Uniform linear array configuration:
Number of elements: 48
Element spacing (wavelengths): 0.25
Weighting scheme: exponential
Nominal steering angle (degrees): -15
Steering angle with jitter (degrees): -14.25
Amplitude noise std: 0.05
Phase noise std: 0.05

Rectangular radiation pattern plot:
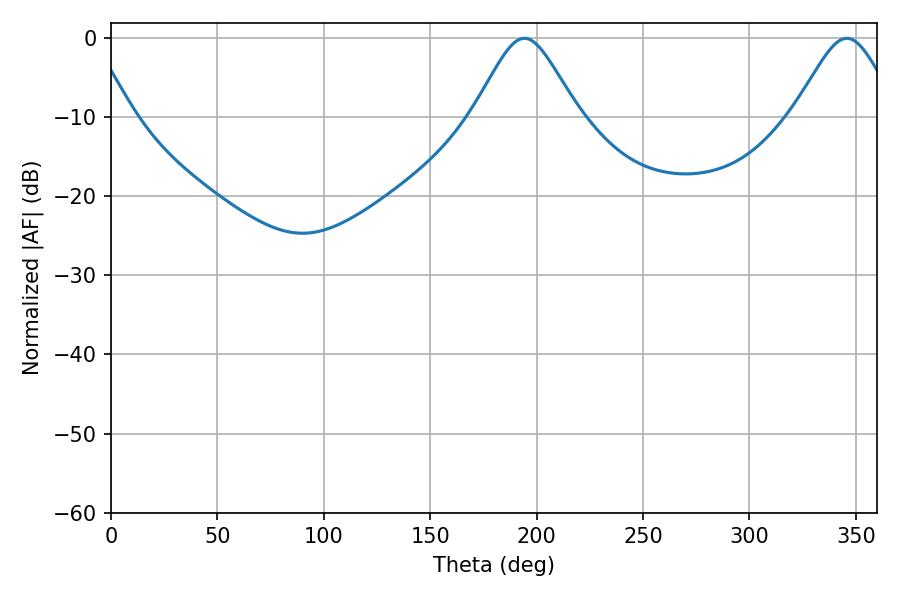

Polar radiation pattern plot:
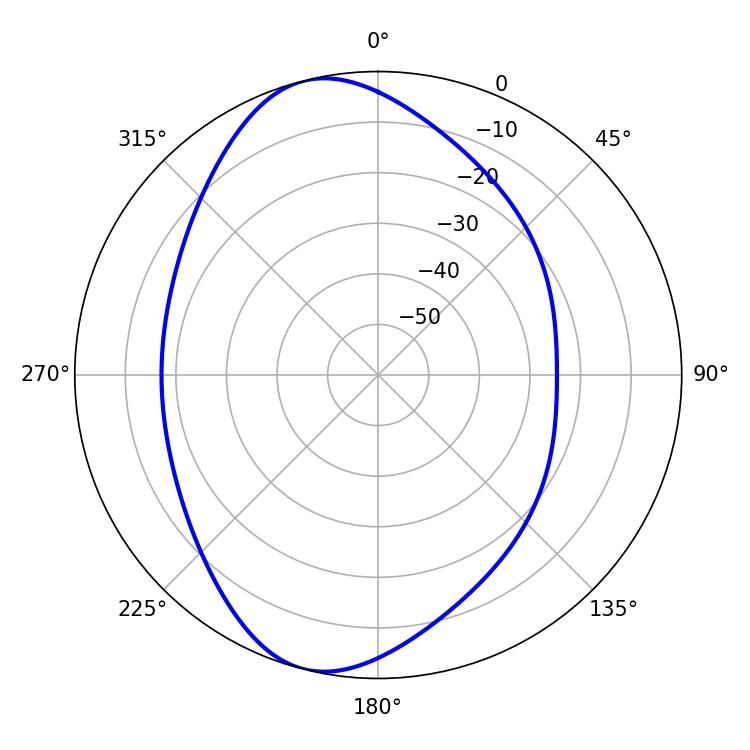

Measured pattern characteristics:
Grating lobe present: FALSE
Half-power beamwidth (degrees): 23.94
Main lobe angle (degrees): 194.22